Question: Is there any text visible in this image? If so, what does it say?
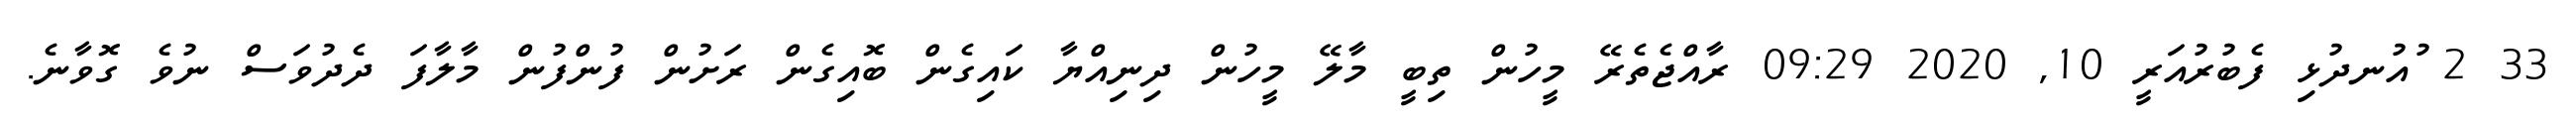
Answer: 33 2 ުއުނދުޅި ފެބުރުއަރީ 10, 2020 09:29 ރާއްޖެތެރޭ މީހުން ތިބީ މާލޭ މީހުން ދިނިއްޔާ ކައިގެން ބޮއިގެން ރަށުން ފުންފުން މާލާފަ ދެދުވަސް ނުވެ ގޮވާނެ.